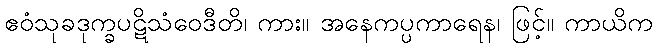
ဧဝံသုခဒုက္ခပဋိသံဝေဒီတိ၊ ကား။ အနေကပ္ပကာရေန၊ ဖြင့်။ ကာယိက